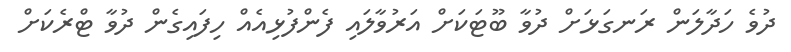
ދުވެ ހަދާލަން ރަނގަޅަށް ދުވާ ބޫޓަކަށް އަރުވާލައި ފެންފުޅިއެއް ހިފައިގެން ދުވާ ޓްރެކަށް